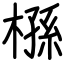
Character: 槂